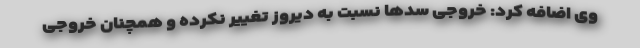
وی اضافه کرد: خروجی سدها نسبت به دیروز تغییر نکرده و همچنان خروجی